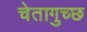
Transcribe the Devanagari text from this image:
चेतागुच्छ